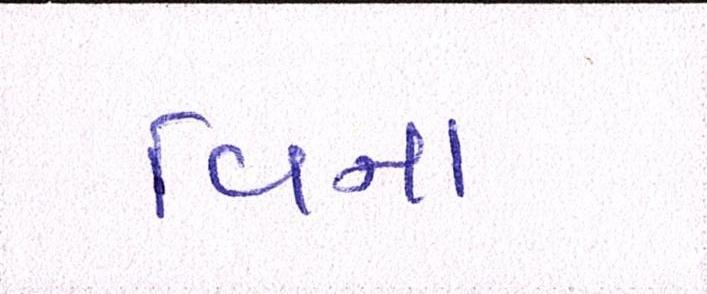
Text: વિના